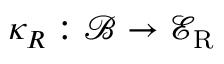
\kappa _ { R } : \mathcal { B } \to \mathcal { E } _ { \mathrm { R } }